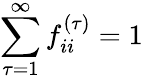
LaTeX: \sum_{\tau=1}^{\infty}f_{ii}^{(\tau)}=1